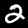
Label: 2